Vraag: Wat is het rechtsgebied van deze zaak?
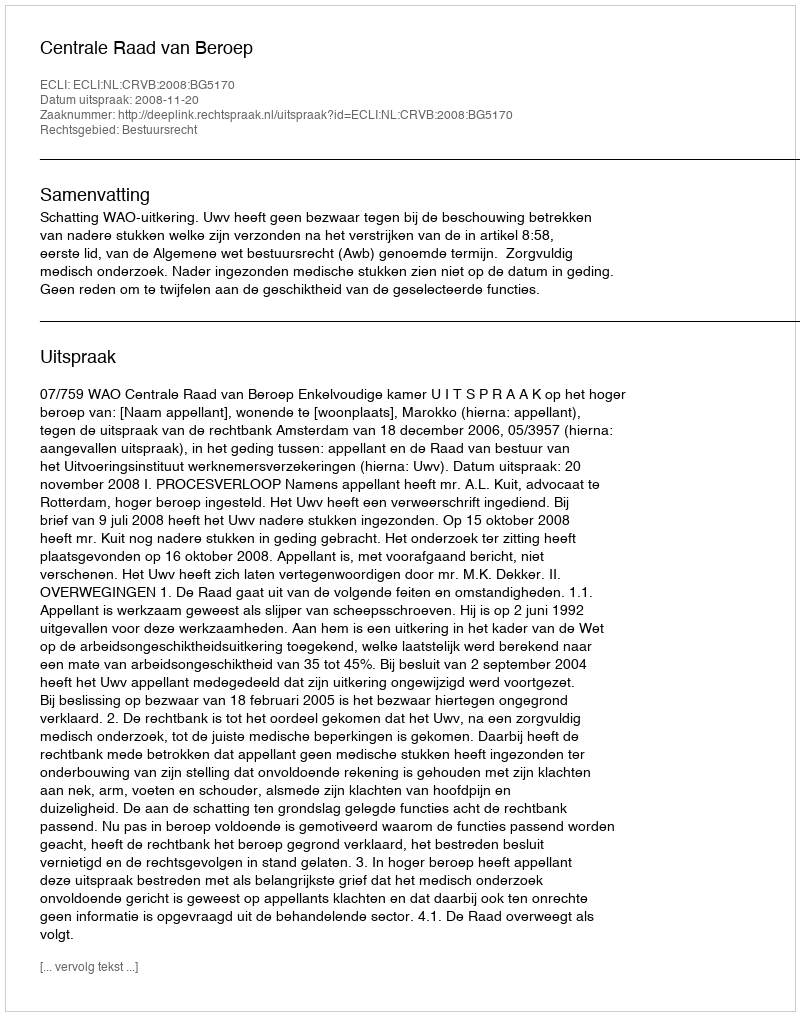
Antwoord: Bestuursrecht